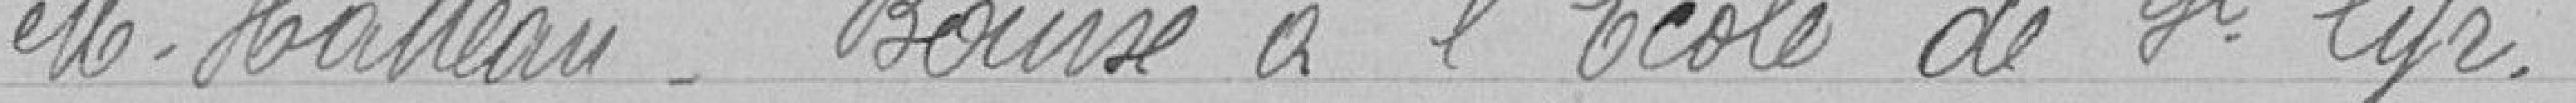
Monsieur HATTEAU - bourse à l'école de St Syr